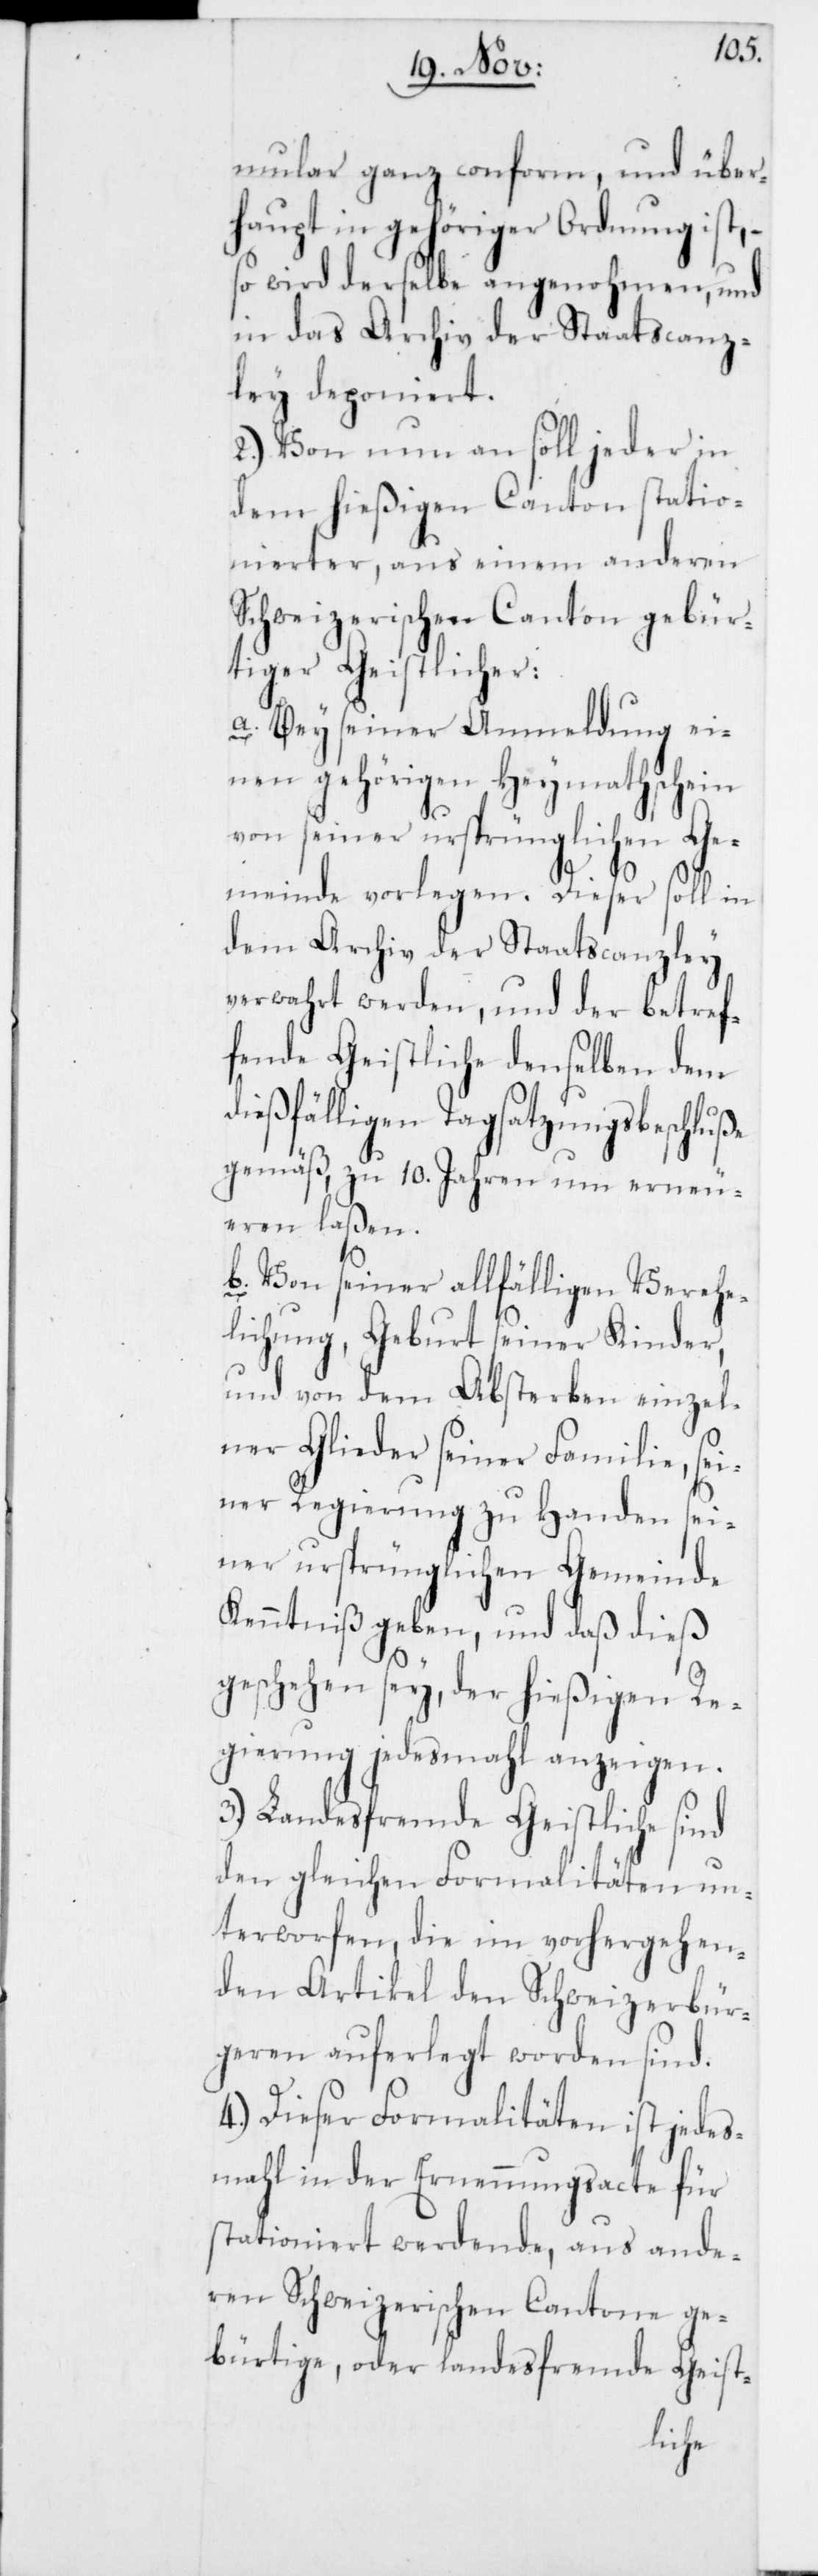
mular ganz conform, und über¬
haupt in gehöriger Ordnung ist, –
so wird derselbe angenohmen, und
in das Archiv der Staatscanz¬
ley deponiert.
2.) Von nun an soll jeder in
dem hießigen Canton statio¬
nierter, aus einem anderen
Schweizerischen Canton gebür¬
tiger Geistlicher:
a. Bey seiner Anmeldung ei¬
nen gehörigen Heymathschein
von seiner ursprünglichen Ge¬
meinde vorlegen. Dieser soll in
dem Archiv der Staatscanzley
verwahrt werden, und der betref¬
fende Geistliche denselben dem
dießfälligen Tagsatzungsbeschluße
gemäß, zu 10. Jahren um erneu¬
eren laßen.
b. Von seiner allfälligen Verehe¬
lichung, Geburt seiner Kinder,
und von dem Absterben einzel¬
ner Glieder seiner Familie, sei¬
ner Regierung zu Handen sei¬
ner ursprünglichen Gemeinde
Kenntniß geben, und daß dieß
geschehen sey, der hießigen Re¬
gierung jedesmahl anzeigen.
3.) Landesfremde Geistliche sind
den gleichen Formalitäten un¬
terworfen, die im vorhergehen¬
den Artikel den Schweizerbür¬
geren auferlegt worden sind.
4.) Dieser Formalitäten ist jedes¬
mahl in der Ernennungsacte für
stationiert werdende, aus ande¬
ren Schweizerischen Cantone ge¬
bürtige, oder landesfremde Geist-